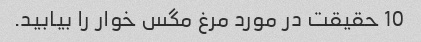
10 حقیقت در مورد مرغ مگس خوار را بیابید.